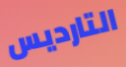
التارديس